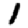
Digit: 1